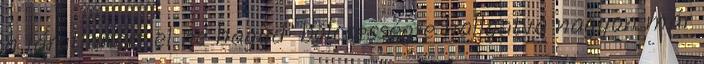
a járatlanért el ne hagyd" bölcsességre hallgatva nagyon már